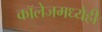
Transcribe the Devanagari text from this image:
कॉलेजमध्येही